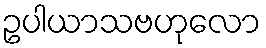
ဥပါယာသဗဟုလော